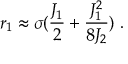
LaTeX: r _ { 1 } \approx \sigma ( { \frac { J _ { 1 } } { 2 } } + { \frac { J _ { 1 } ^ { 2 } } { 8 J _ { 2 } } } ) ~ .